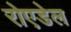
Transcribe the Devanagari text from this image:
रोएडेल